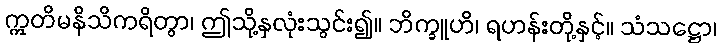
ဣတိမနိသိကရိတွာ၊ ဤသို့နှလုံးသွင်း၍။ ဘိက္ခူဟိ၊ ရဟန်းတို့နှင့်။ သံသဋ္ဌော၊